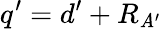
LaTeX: q^{\prime}=d^{\prime}+R_{\mathit{A}^{\prime}}